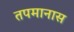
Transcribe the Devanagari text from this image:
तपमानास